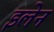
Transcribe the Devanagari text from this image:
इलेन